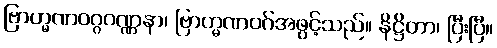
ဗြာဟ္မဏဝဂ္ဂဝဏ္ဏနာ၊ ဗြာဟ္မဏဝဂ်အဖွင့်သည်။ နိဋ္ဌိတာ၊ ပြီးပြီ။